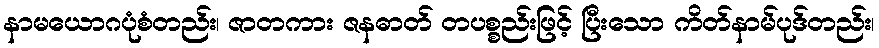
နာမယောဂပုံစံတည်း၊ ဇာတကား ဇနဓာတ် တပစ္စည်းဖြင့် ပြီးသော ကိတ်နာမ်ပုဒ်တည်း၊